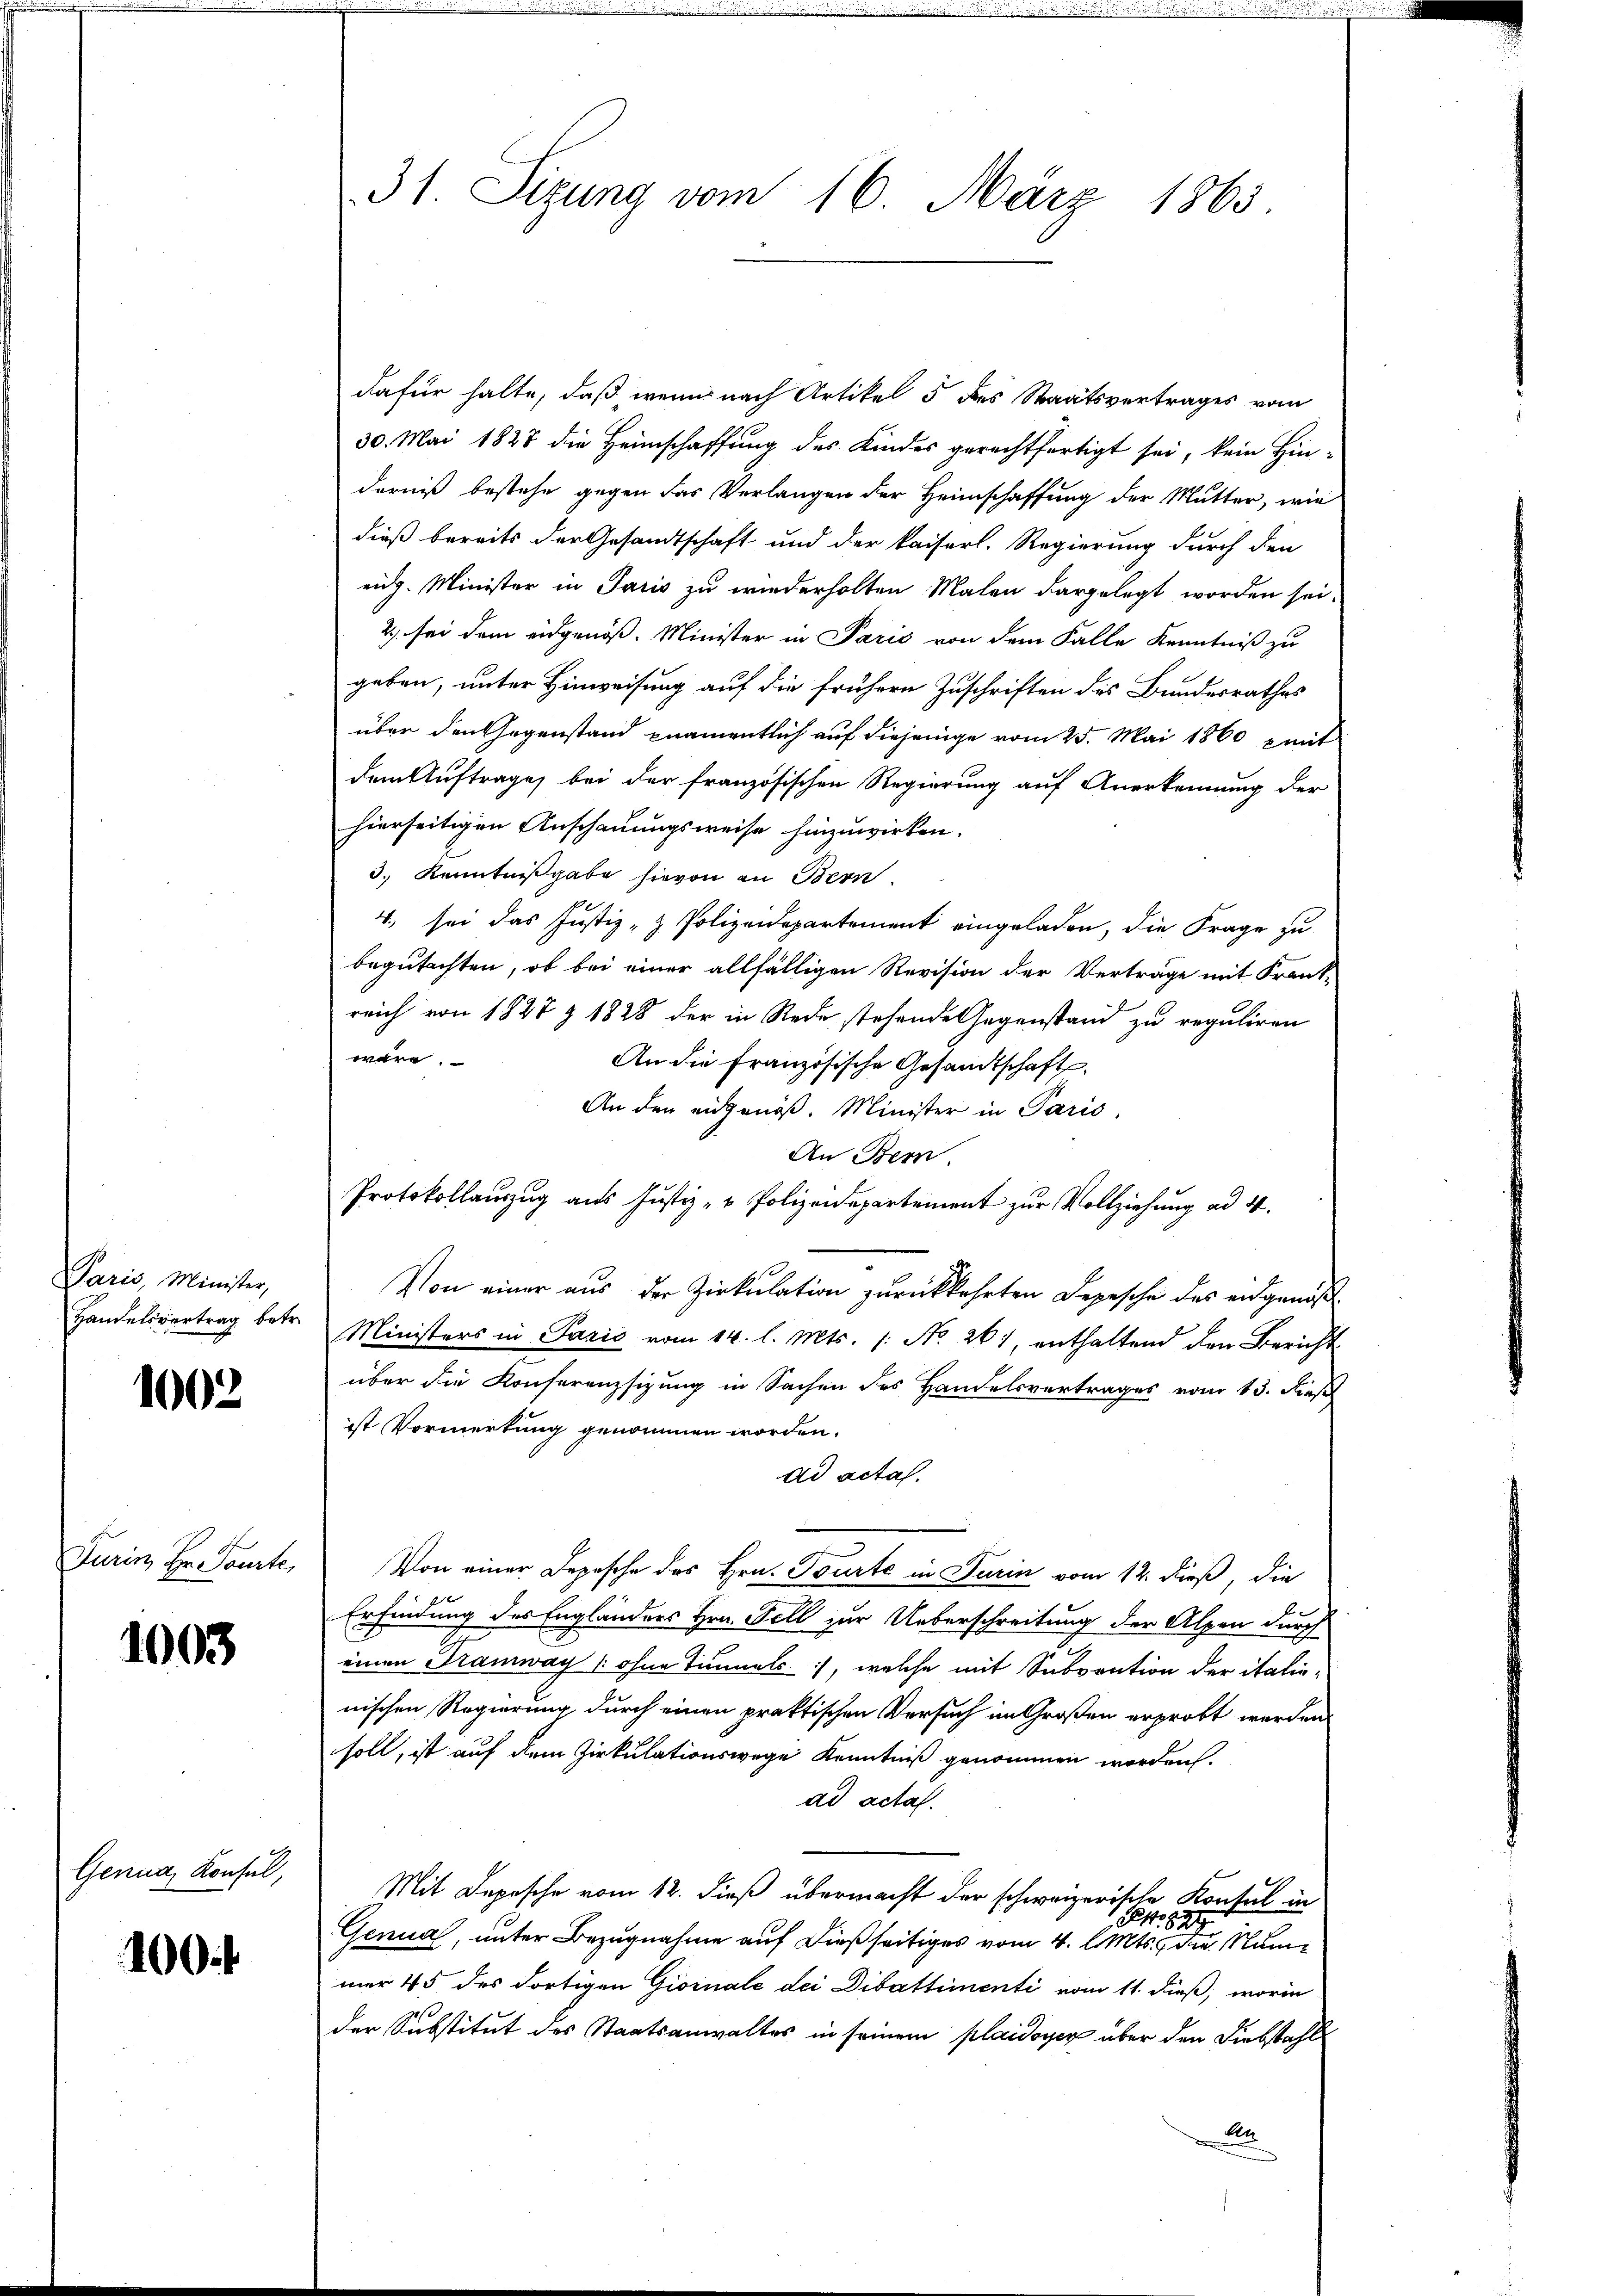
Paris, Minister,

1002

Turin Hr. Sonnte,

1003

Genua, Konsul,

100.

31. Sizung vom 16. März 1863.

dafür halte, daß wenn nach Artikel 5 des Staatsvertrages vom
30. Mai 1828 die Heimschaffung des Kindes gerechtfertigt sei, kein Hin-
derniß bestehe gegen das Verlangen der Heimschaffung der Mutter, wie
dieß bereits der Gesandtschaft und der kaiserl. Regierung durch den
eidg. Minister in Paris zu wiederholten Malen dargelegt worden sei.
2) sei dem eidgenöß. Minister in Parić von dem Falle Kenntniß zu
geben, unter Hinweisung auf die frühern Zuschriften des Bundesrathes
über den Gegenstand namentlich auf diejenige vom 25. Mai 1860 mit
dem Auftrage, bei der französischen Regierung auf Anerkennung der
hierseitigen Anschauungsweise hinzuwirken.
3.) Kenntnißgabe hievon an Bern.
4., sei das Justiz & Polizeidepartement eingeladen, die Frage zu
begutachten, ob bei einer allfälligen Revision der Verträge mit Frankreich von 1827 Z 1828 der in Rede stehende Gegenstand zu reguliren
wäre.
An die Französische Gesandtschaft
An den eidgenöß. Minister in Paris,
An Bern.
Protokollauszug aus Justiz- & Polizeidepartement zur Vollziehung ad 4.
Von einer aus der Zirkulation zurückkehrten Depesche des eidgenöß¬
Handelsvertrag betr. Ministers in Pazić vom 14. l. Mts. /: No 261, enthaltend den Bericht
über die Konferenzsizung in Sachen des Handelsvertrages vom 13. dieß
ist Vormerkung genommen worden.
ad acta.
Von einer Depesche des Hrn. Tourte in Turin vom 12. dieß, die
2 x
Erfindung des Engländers Hrn. Fell zur Ueberschreitung der Alpen durch
einen Tramway (ohne Tunnels, welche mit Subvention der italis-
nischen Regierung durch einen praktischen Versuch im Großen erprobt werden
soll, ist auf dem Zirkulationswege Kenntniß genommen worden.
ad acta.
Mit Depesche vom 12. dieß übermacht der schweizerische Konsul in
S. 827
Genua, unter Bezugnahme auf dießseitiges vom 4. l. Mts. die Nummer 45 des dortigen Giornale dei Dibattimenti vom 11. dieß, worin
der Substitut des Staatsanwaltes in seinem plaidoyer über den Diebstahl
A